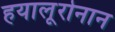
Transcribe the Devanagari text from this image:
हयालूरोनान